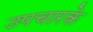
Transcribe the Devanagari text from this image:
उपचारके